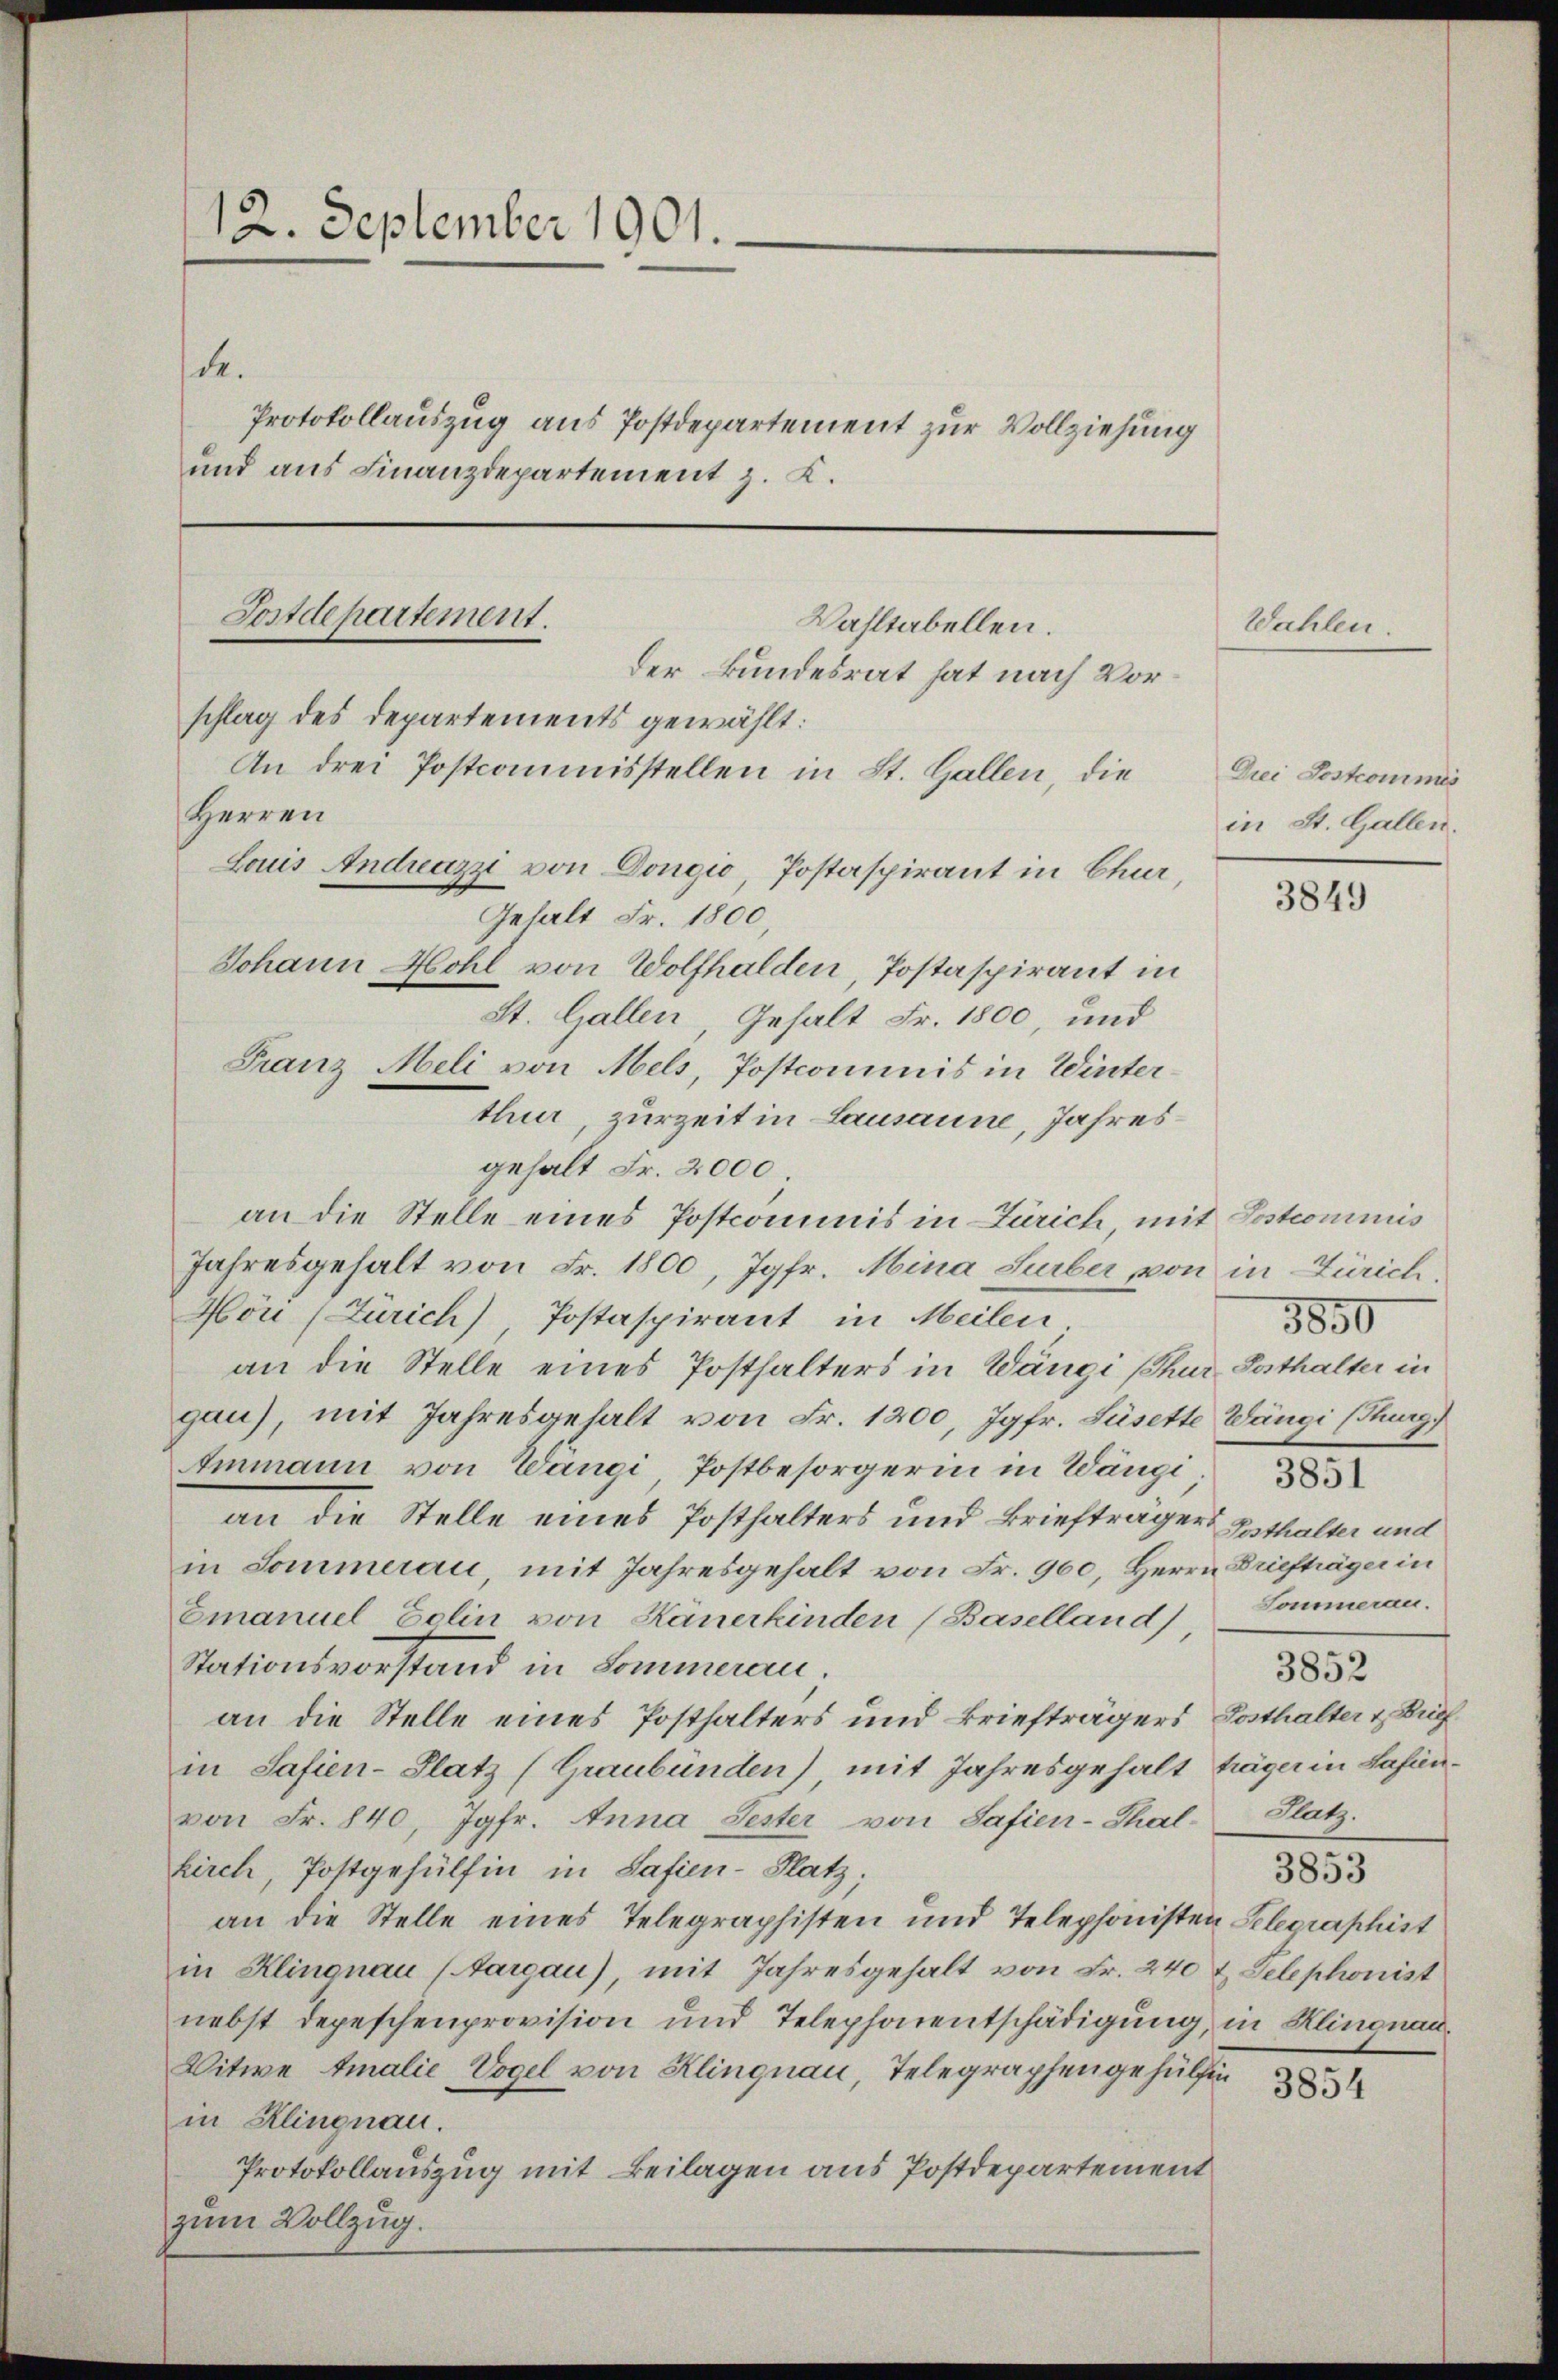
12. September 1901.
de.
Protokollauszug aus Postdepartement zur Vollziehung
und aus Finanzdepartement z. K.

schlag des Departements gewählt:
An drei Postcommisstellen in St. Gallen, die
Herren
Johann Hohl von Wolfhalden, Postaspirant in
St. Gallen, Gehalt Fr. 1800, und
Franz Meli von Mels, Postcommis in Winter¬

Postdepartement.
Wahltabellen.
der Bundesrat hat nach Vor¬

thur, zurzeit in Lausanne, Jahresgehalt Fr. 2000.
an die Stelle eines Postcommis in Zürich, mit Postcommis
Jahresgehalt von Fr. 1800, Jgfr. Mina Surber, von in Zürich,
Hou (Zürich) Postaspirant in Meilen
an die Stelle eines Posthalters in Wängi (Thur-Posthalter in
gau), mit Jahresgehalt von Fr. 1200, Jgfr. Süsette Wängi (Tung)
Ammann von Wangi, Postbesorgerin in Wängi
an die Stelle eines Posthalters und Briefträger Besthalter und
in Sommerau mit Jahresgehalt von Fr. 900, Herrn Driefträger in
Emanuel Bolin von Käuerkinden (Baselland) Sommeran.
Stationsvorstand in Sommeran.
an die Stelle eines Posthalters und Briefträgers Posthalter & Buchin Safien-Platz (Graubünden), mit Jahresgehalt träger in Safinvon Fr. 840, Jgfr. Anna Jester von Safien-Thal-Platz.
kirch, Postgehülfen in Safien-Natz;
an die Stelle eines Telegraphisten und Telephonisten Telegraphist
in Klingnau (Aargau), mit Jahresgehalt von Fr. 240 & Telephonist
nebst depeschenprovision und Telephonentschädigung, in Klinonau,
Witwe Amalie, Vogel von Klingnau, Telegraphengehülfen
in Klingnau.
Protokollauszug mit Beilagen aus Postdepartement
zum Vollzug.

Laus Andreazzi von Dongio, Postaspirant in Chur,
Gehalt Fr. 1800,

Wahlen.

Drei Postcommis
in St. Gallen.

3849

3850
3852
3853